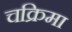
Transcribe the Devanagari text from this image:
चक्रिमा